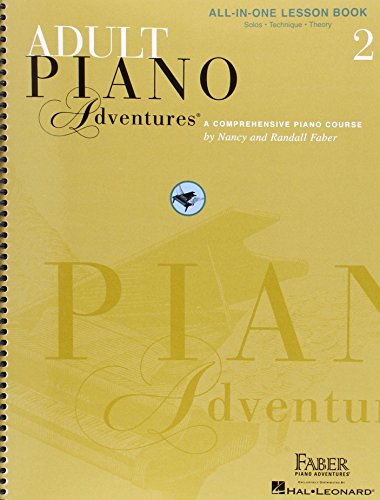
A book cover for Adult Piano Adventures All-in-One Lesson Book 2; Humor & Entertainment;